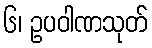
၆၊ ဥပဝါဏသုတ်